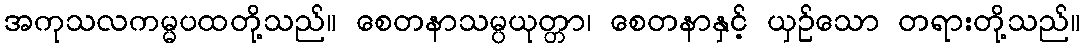
အကုသလကမ္မပထတို့သည်။ စေတနာသမ္ပယုတ္တာ၊ စေတနာနှင့် ယှဉ်သော တရားတို့သည်။